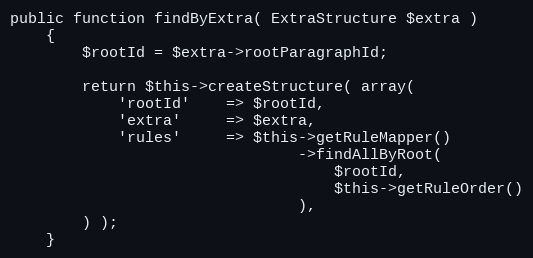
Language: PHP
public function findByExtra( ExtraStructure $extra )
    {
        $rootId = $extra->rootParagraphId;

        return $this->createStructure( array(
            'rootId'    => $rootId,
            'extra'     => $extra,
            'rules'     => $this->getRuleMapper()
                                ->findAllByRoot(
                                    $rootId,
                                    $this->getRuleOrder()
                                ),
        ) );
    }